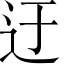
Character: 迂